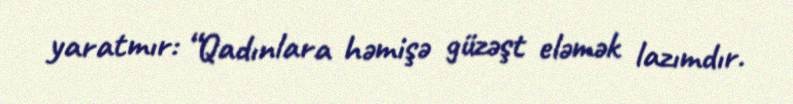
yaratmır: “Qadınlara həmişə güzəşt eləmək lazımdır.